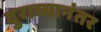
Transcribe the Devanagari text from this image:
दुराव्यानंतर